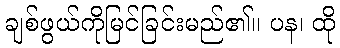
ချစ်ဖွယ်ကိုမြင်ခြင်းမည်၏။ ပန၊ ထို